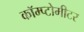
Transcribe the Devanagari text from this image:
कॉम्प्टोमीटर